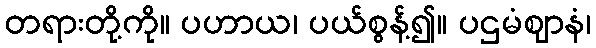
တရားတို့ကို။ ပဟာယ၊ ပယ်စွန့်၍။ ပဌမံဈာနံ၊